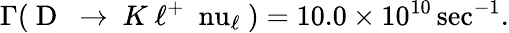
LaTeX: \Gamma({\mathrm{~D~}}{\mathrm{~\rightarrow~}}K{\mathrm{~\ell^{+}~\ nu_{\ell}~}})=10.0\times 10^{10}\sec^{-1}.